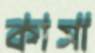
কাসা